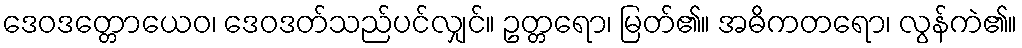
ဒေဝဒတ္တောယေဝ၊ ဒေဝဒတ်သည်ပင်လျှင်။ ဥတ္တရော၊ မြတ်၏။ အဓိကတရော၊ လွန်ကဲ၏။